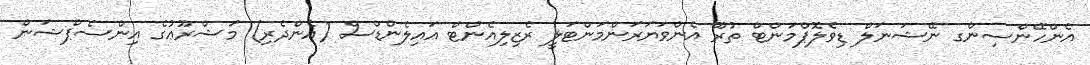
އެންހޭންސިންގ ނޭޝަނަލް ޑިވެލޮޕްމަންޓް ތުރޫ އެންވަޔަރަންމަންޓަލީ ރެޒިލިއެންޓް އައިލެންޑްސް (އެންދެރި) މަޝްރޫޢުގެ އިންސެޕްޝަން